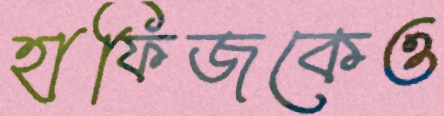
হাফিজকেও